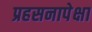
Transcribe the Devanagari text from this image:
प्रहसनापेक्षा